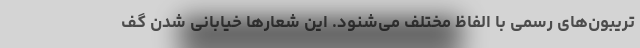
تریبون‌های رسمی با الفاظ مختلف می‌شنود. این شعارها خیابانی شدن گف